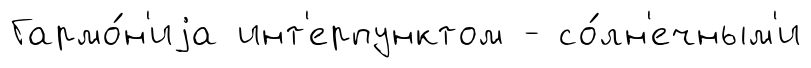
Гармо́н'иjа инт'ерпунктом - со́лн'ечным'и